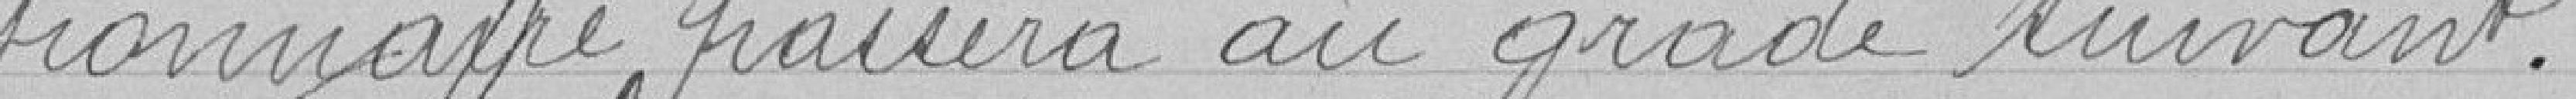
tionnaire passera au grade suivant.